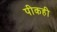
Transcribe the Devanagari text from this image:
पीकही